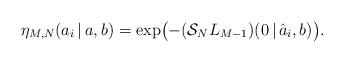
LaTeX: \begin{align*}\eta_{M, N}(a_i\,|\,a, b) = \exp\bigl(-(\mathcal{S}_NL_{M-1})(0\,|\,\hat{a}_i, b)\bigr).\end{align*}